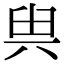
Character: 𠔔